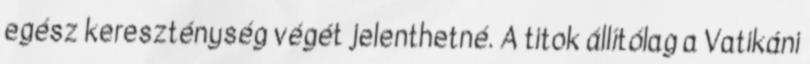
egész kereszténység végét jelenthetné. A titok állítólag a Vatikáni